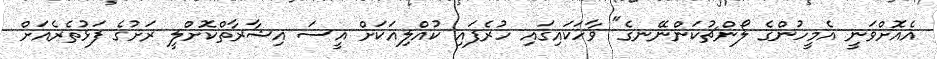
އެއޮށްވަނީ އެމީހުންގެ ލޯންޗުކަންނޭނގެ" ވާހަކައިގައި ހުރެފައި ކުއްލިއަކަށް އީސަ އިޝާރާތްކޮށްލީ ރަށުގެ ފަޅުތެރެއަށް